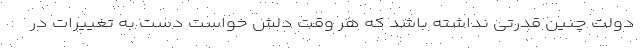
دولت چنین قدرتی نداشته باشد که هر وقت دلش خواست دست به تغییرات در